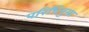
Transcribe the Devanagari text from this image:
परिधिनुमा